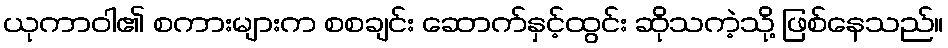
ယုကာဝါ၏ စကားများက စစချင်း ဆောက်နှင့်ထွင်း ဆိုသကဲ့သို့ ဖြစ်နေသည်။